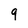
Character: 9